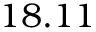
1 8 . 1 1